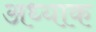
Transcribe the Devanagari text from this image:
अध्याक